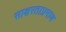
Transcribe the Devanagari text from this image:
साक्षरताप्रमाण